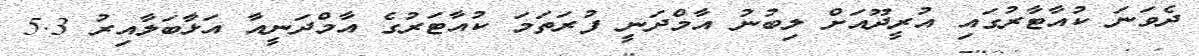
ދެވަނަ ކުއާޓާރުގައި އުރީދޫއަށް ލިބުނު އާމްދަނީ ފުރަތަމަ ކުއާޓަރުގެ އާމްދަނީއާ އަޅާބަލާއިރު 5.3